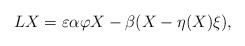
\begin{align*} LX = \varepsilon\alpha\varphi X - \beta(X - \eta(X)\xi), \end{align*}